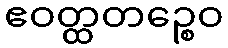
ဧဝတ္ထတဉ္စေဝ